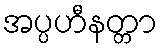
အပ္ပဟီနတ္တာ